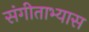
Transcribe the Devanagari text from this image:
संगीताभ्यास